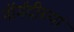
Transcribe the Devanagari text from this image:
नॉर्मंदीच्या